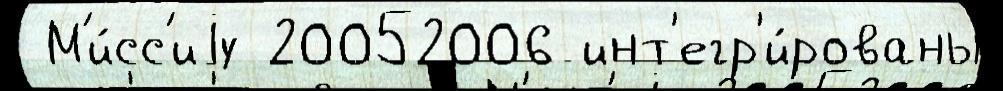
 М'и́сс'иjу 20052006 инт'егр'и́рованы